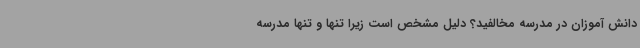
دانش آموزان در مدرسه مخالفید؟ دلیل مشخص است زیرا تنها و تنها مدرسه